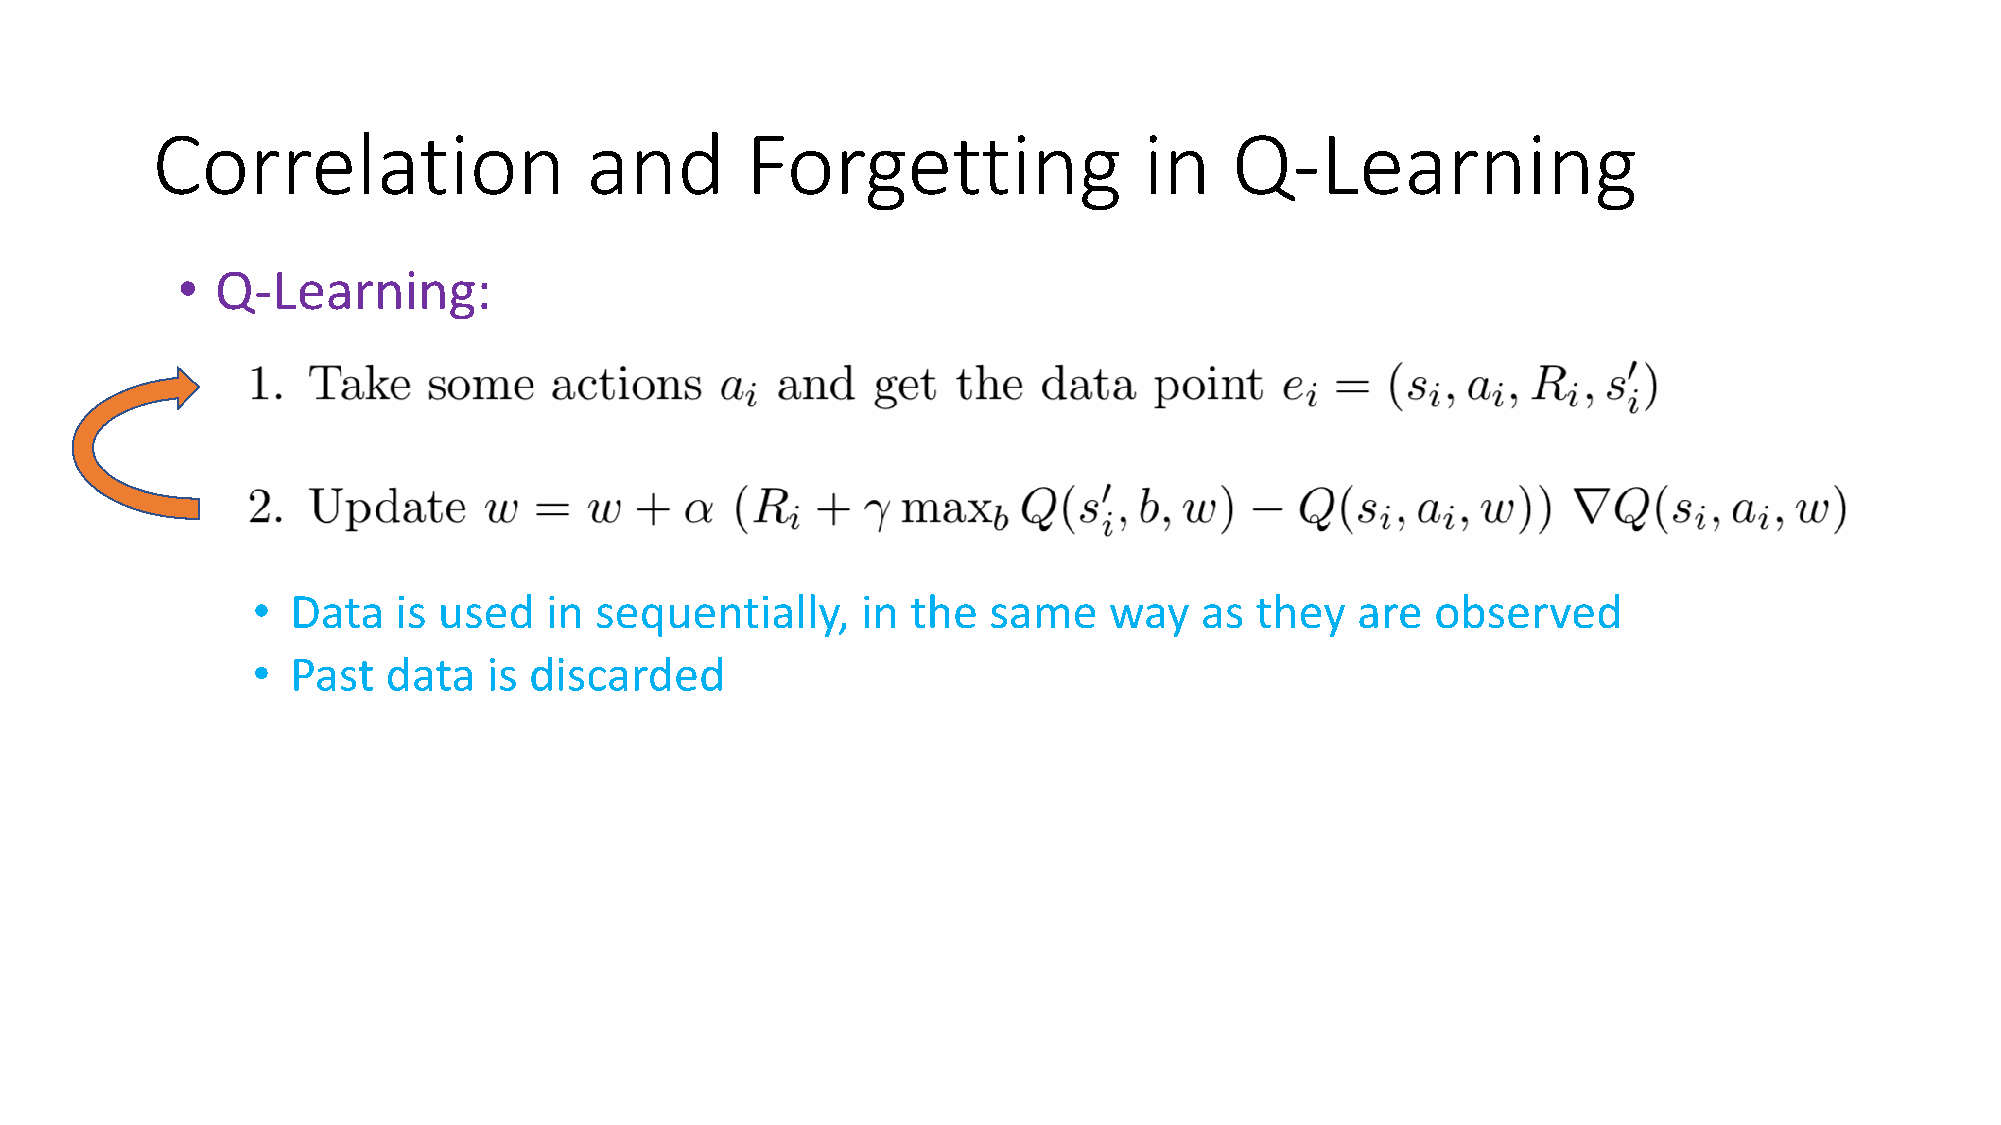
Correlation                  and       Forgetting                 in    Q-Learning
 • Q-Learning:
 • Data   is used   in sequentially,     in the  same    way   as  they   are  observed
 • Past   data  is discarded
 • Correlation:        of  sequential       data    leads    to  (strongly)      correlated       updates
 • This  breaks    the  i.i.d. assumption      of  many    popular    SGD   algorithms
 • Rapid     forgetting:       of  possibly      rare   experiences         does    not   effectively      use
 the   information         (that   would      be   useful    later   on)